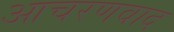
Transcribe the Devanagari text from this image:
आचरणवाद